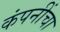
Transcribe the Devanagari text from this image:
कंपनींचा